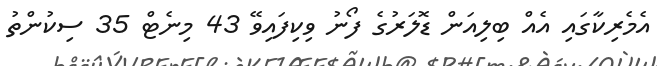
އެމެރިކާގައި އެއް ބިލިއަން ޑޮލަރުގެ ފޯނު ވިކިފައިވޭ 43 މިނެޓް 35 ސިކުންތު